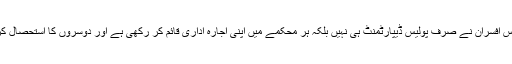
سی ایس ایس افسران نے صرف پولیس ڈیپارٹمنٹ ہی نہیں بلکہ ہر محکمے میں اپنی اجارہ اداری قائم کر رکھی ہے اور دوسروں کا استحصال کررہے ہیں۔